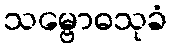
သမ္ဗောဓသုခံ